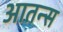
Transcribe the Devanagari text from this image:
आतन्स